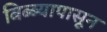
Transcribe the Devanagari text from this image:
बिब्ब्यापासून